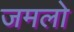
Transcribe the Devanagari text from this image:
जमलो